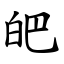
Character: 皅